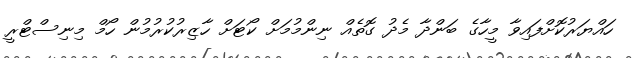
ހައްޔަރުކޮށްފައިވާ މީހާގެ ބަންދާ މެދު ގޮތެއް ނިންމުމަށް ކޯޓަށް ހާޒިރުކުރުމުން ހޯމް މިނިސްޓްރީ